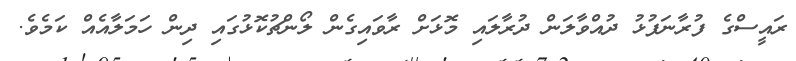
ރައީސްގެ ފުރާނަފުޅު ދުއްވާލަން ދުރާލައި މޮޅަށް ރާވައިގެން ލޯންޗުކޮޅުގައި ދިން ހަމަލާއެއް ކަމެވެ.